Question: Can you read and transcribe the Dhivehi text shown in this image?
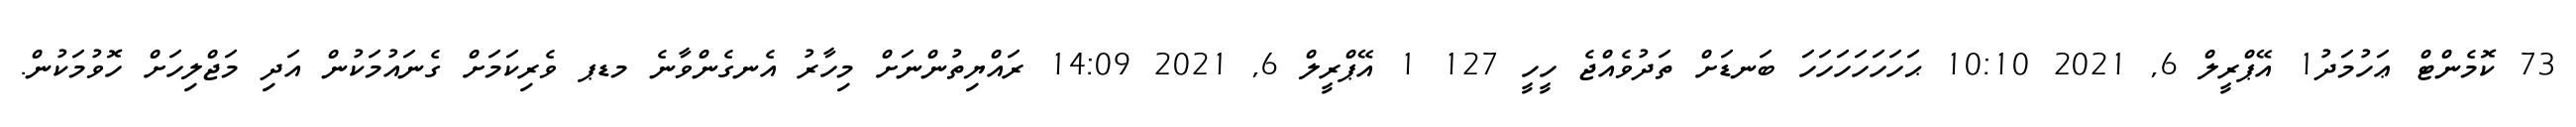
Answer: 73 ކޮމެންޓް ޢަހުމަދު1 އޭޕްރީލް 6, 2021 10:10 ޙަހަހަހަހަހަހަ ބަނޑަށް ތަދުވެއްޖެ ހީހީ 127 1 އޭޕްރީލް 6, 2021 14:09 ރައްޔިތުންނަށް މިހާރު އެނގެންވާނެ މޑޕ ވެރިކަމަށް ގެނައުމަކުން އަދި މަޖްލިހަށް ހޮވުމަކުން.